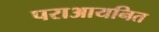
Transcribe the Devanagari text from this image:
पराआयनित